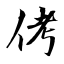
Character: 侤